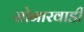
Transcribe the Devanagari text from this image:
सोनारवाडी